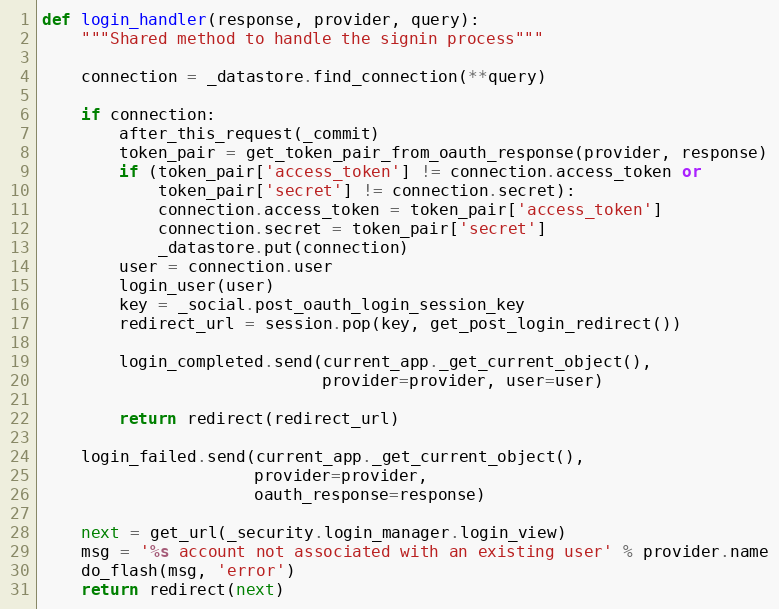
Language: Python
def login_handler(response, provider, query):
    """Shared method to handle the signin process"""

    connection = _datastore.find_connection(**query)

    if connection:
        after_this_request(_commit)
        token_pair = get_token_pair_from_oauth_response(provider, response)
        if (token_pair['access_token'] != connection.access_token or
            token_pair['secret'] != connection.secret):
            connection.access_token = token_pair['access_token']
            connection.secret = token_pair['secret']
            _datastore.put(connection)
        user = connection.user
        login_user(user)
        key = _social.post_oauth_login_session_key
        redirect_url = session.pop(key, get_post_login_redirect())

        login_completed.send(current_app._get_current_object(),
                             provider=provider, user=user)

        return redirect(redirect_url)

    login_failed.send(current_app._get_current_object(),
                      provider=provider,
                      oauth_response=response)

    next = get_url(_security.login_manager.login_view)
    msg = '%s account not associated with an existing user' % provider.name
    do_flash(msg, 'error')
    return redirect(next)